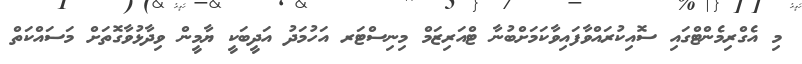
މި އެގްރިމެންޓްގައި ސޮއިކުރައްވާފައިވާކަމަށްބުނާ ޓްއަރިޒަމް މިނިސްޓަރ އަހުމަދު އަދީބަކީ ޔާމީން ވިދާޅުވާގޮތަށް މަސައްކަތް